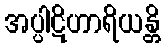
အပ္ပါဋိဟာရိယန္တိ